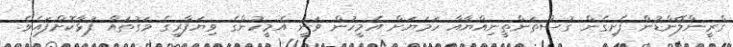
ގްރީންލޭންޑުން ފެށިގެން ގުސްތަންތީނިއްޔާއާ ހަމަޔަށް އެމީހުން ވަނީ އެމީހުންގެ ވިޔަފާރީގެ މަގުތައް ފުޅާކޮށްފައެވެ.